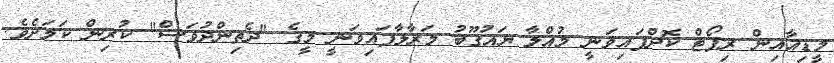
މީޑިއާއިން ރިޕޯޓް ކޮށްފައިވަނީ މުއްލާ ޔައުގޫބު މަރާލާފައިވަނީ މީގެ "ދެތިންދުވަސް" ކުރިން ކަމަށެވެ.